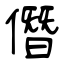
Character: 僭